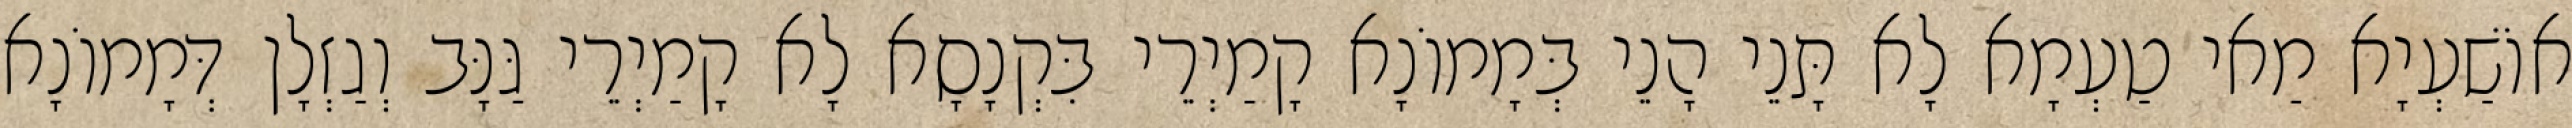
אוֹשַׁעְיָא מַאי טַעְמָא לָא תָּנֵי הָנֵי בְּמָמוֹנָא קָמַיְרֵי בִּקְנָסָא לָא קָמַיְרֵי גַּנָּב וְגַזְלָן דְּמָמוֹנָא